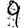
Digit: 9